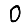
Digit: 0